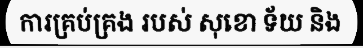
ការគ្រប់គ្រង របស់ សុខោ ទ័យ និង